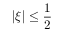
| \xi | \leq \frac 1 2